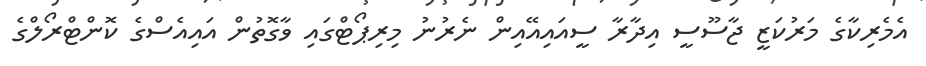
އެމެރިކާގެ މަރުކަޒީ ޖާސޫސީ އިދާރާ ސީއައިއޭއިން ނެރުނު މިރިޕޯޓްގައި ވާގޮތުން އައިއެސްގެ ކޮންޓްރޯލްގެ